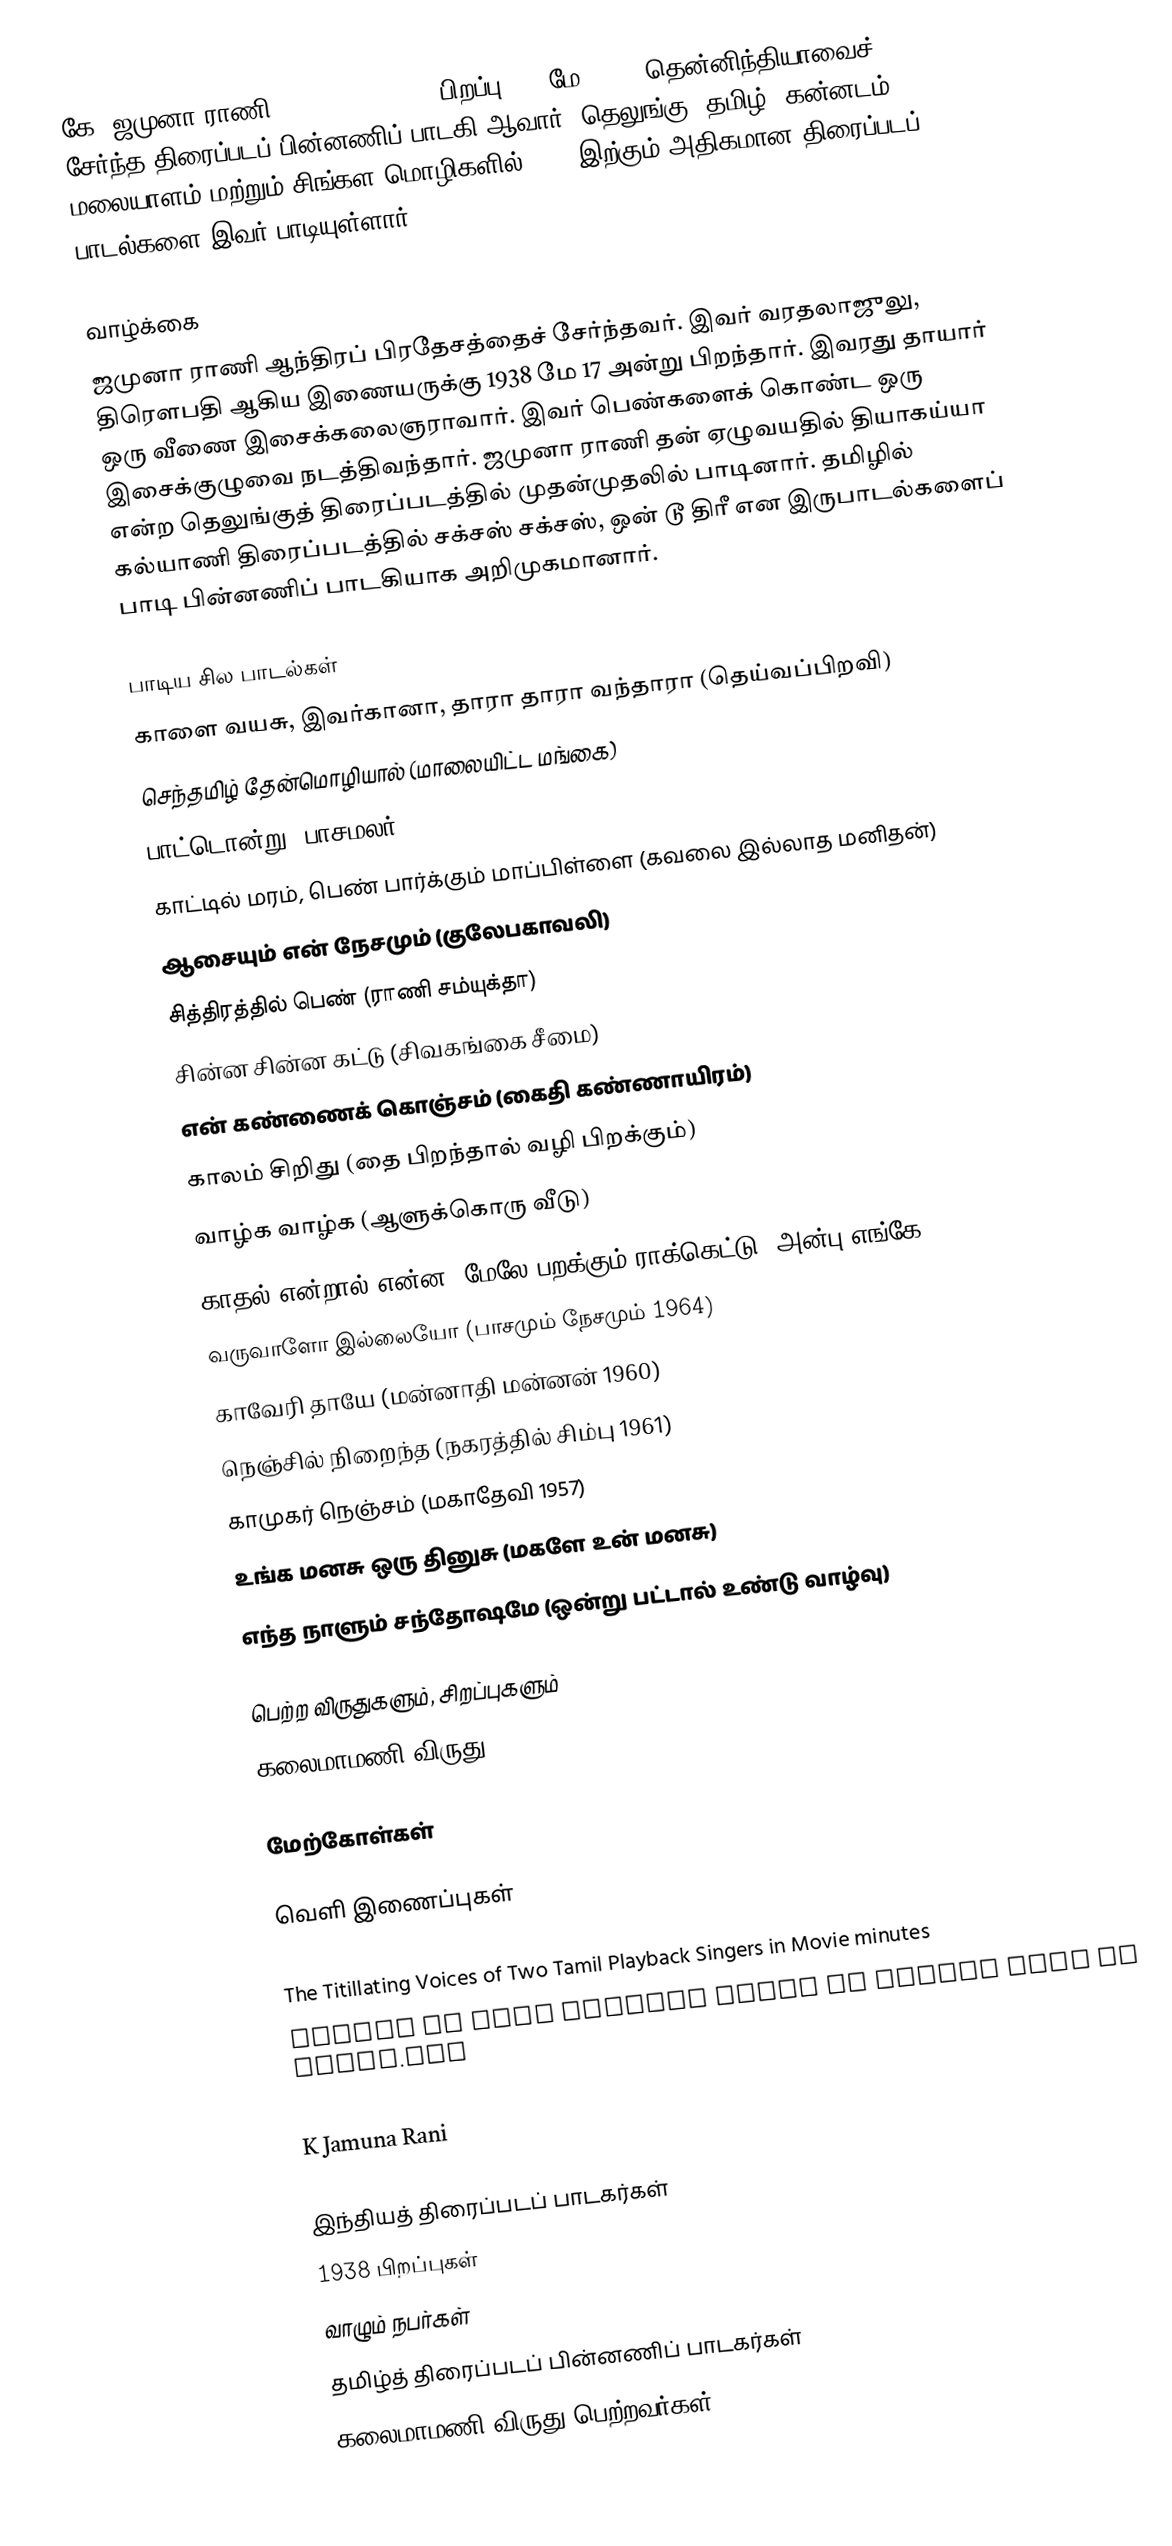
கே. ஜமுனா ராணி (K. Jamuna Rani, பிறப்பு: 17 மே 1938) தென்னிந்தியாவைச் சேர்ந்த திரைப்படப் பின்னணிப் பாடகி ஆவார். தெலுங்கு, தமிழ், கன்னடம், மலையாளம் மற்றும் சிங்கள மொழிகளில் 6,000இற்கும் அதிகமான திரைப்படப் பாடல்களை இவர் பாடியுள்ளார்.

வாழ்க்கை
ஜமுனா ராணி ஆந்திரப் பிரதேசத்தைச் சேர்ந்தவர். இவர் வரதலாஜுலு, திரௌபதி ஆகிய இணையருக்கு 1938 மே 17 அன்று பிறந்தார். இவரது தாயார் ஒரு வீணை இசைக்கலைஞராவார். இவர் பெண்களைக் கொண்ட ஒரு இசைக்குழுவை நடத்திவந்தார். ஜமுனா ராணி தன் ஏழுவயதில் தியாகய்யா என்ற தெலுங்குத் திரைப்படத்தில் முதன்முதலில் பாடினார். தமிழில் கல்யாணி திரைப்படத்தில் சக்சஸ் சக்சஸ், ஒன் டூ திரீ என இருபாடல்களைப் பாடி பின்னணிப் பாடகியாக அறிமுகமானார்.

பாடிய சில பாடல்கள்
 காளை வயசு, இவர்கானா, தாரா தாரா வந்தாரா (தெய்வப்பிறவி)
 செந்தமிழ் தேன்மொழியால் (மாலையிட்ட மங்கை)
 பாட்டொன்று (பாசமலர்)
 காட்டில் மரம், பெண் பார்க்கும் மாப்பிள்ளை (கவலை இல்லாத மனிதன்)
 ஆசையும் என் நேசமும் (குலேபகாவலி)
 சித்திரத்தில் பெண் (ராணி சம்யுக்தா)
 சின்ன சின்ன கட்டு (சிவகங்கை சீமை)
 என் கண்ணைக் கொஞ்சம் (கைதி கண்ணாயிரம்)
 காலம் சிறிது (தை பிறந்தால் வழி பிறக்கும்)
 வாழ்க வாழ்க (ஆளுக்கொரு வீடு)
 காதல் என்றால் என்ன, மேலே பறக்கும் ராக்கெட்டு (அன்பு எங்கே)
 வருவாளோ இல்லையோ (பாசமும் நேசமும் 1964)
 காவேரி தாயே (மன்னாதி மன்னன் 1960)
 நெஞ்சில் நிறைந்த (நகரத்தில் சிம்பு 1961)
 காமுகர் நெஞ்சம் (மகாதேவி 1957)
 உங்க மனசு ஒரு தினுசு (மகளே உன் மனசு)
 எந்த நாளும் சந்தோஷமே (ஒன்று பட்டால் உண்டு வாழ்வு)

பெற்ற விருதுகளும், சிறப்புகளும்
 கலைமாமணி விருது

மேற்கோள்கள்

வெளி இணைப்புகள்

 The Titillating Voices of Two Tamil Playback Singers in Movie minutes
 Listen to some popular songs of Jamuna Rani at Raaga.com
  Jamuna Rani's Sinhalese on Line Songs – Listen to them at Siyapath Arana.com
 K Jamuna Rani

இந்தியத் திரைப்படப் பாடகர்கள்
1938 பிறப்புகள்
வாழும் நபர்கள்
தமிழ்த் திரைப்படப் பின்னணிப் பாடகர்கள்
கலைமாமணி விருது பெற்றவர்கள்